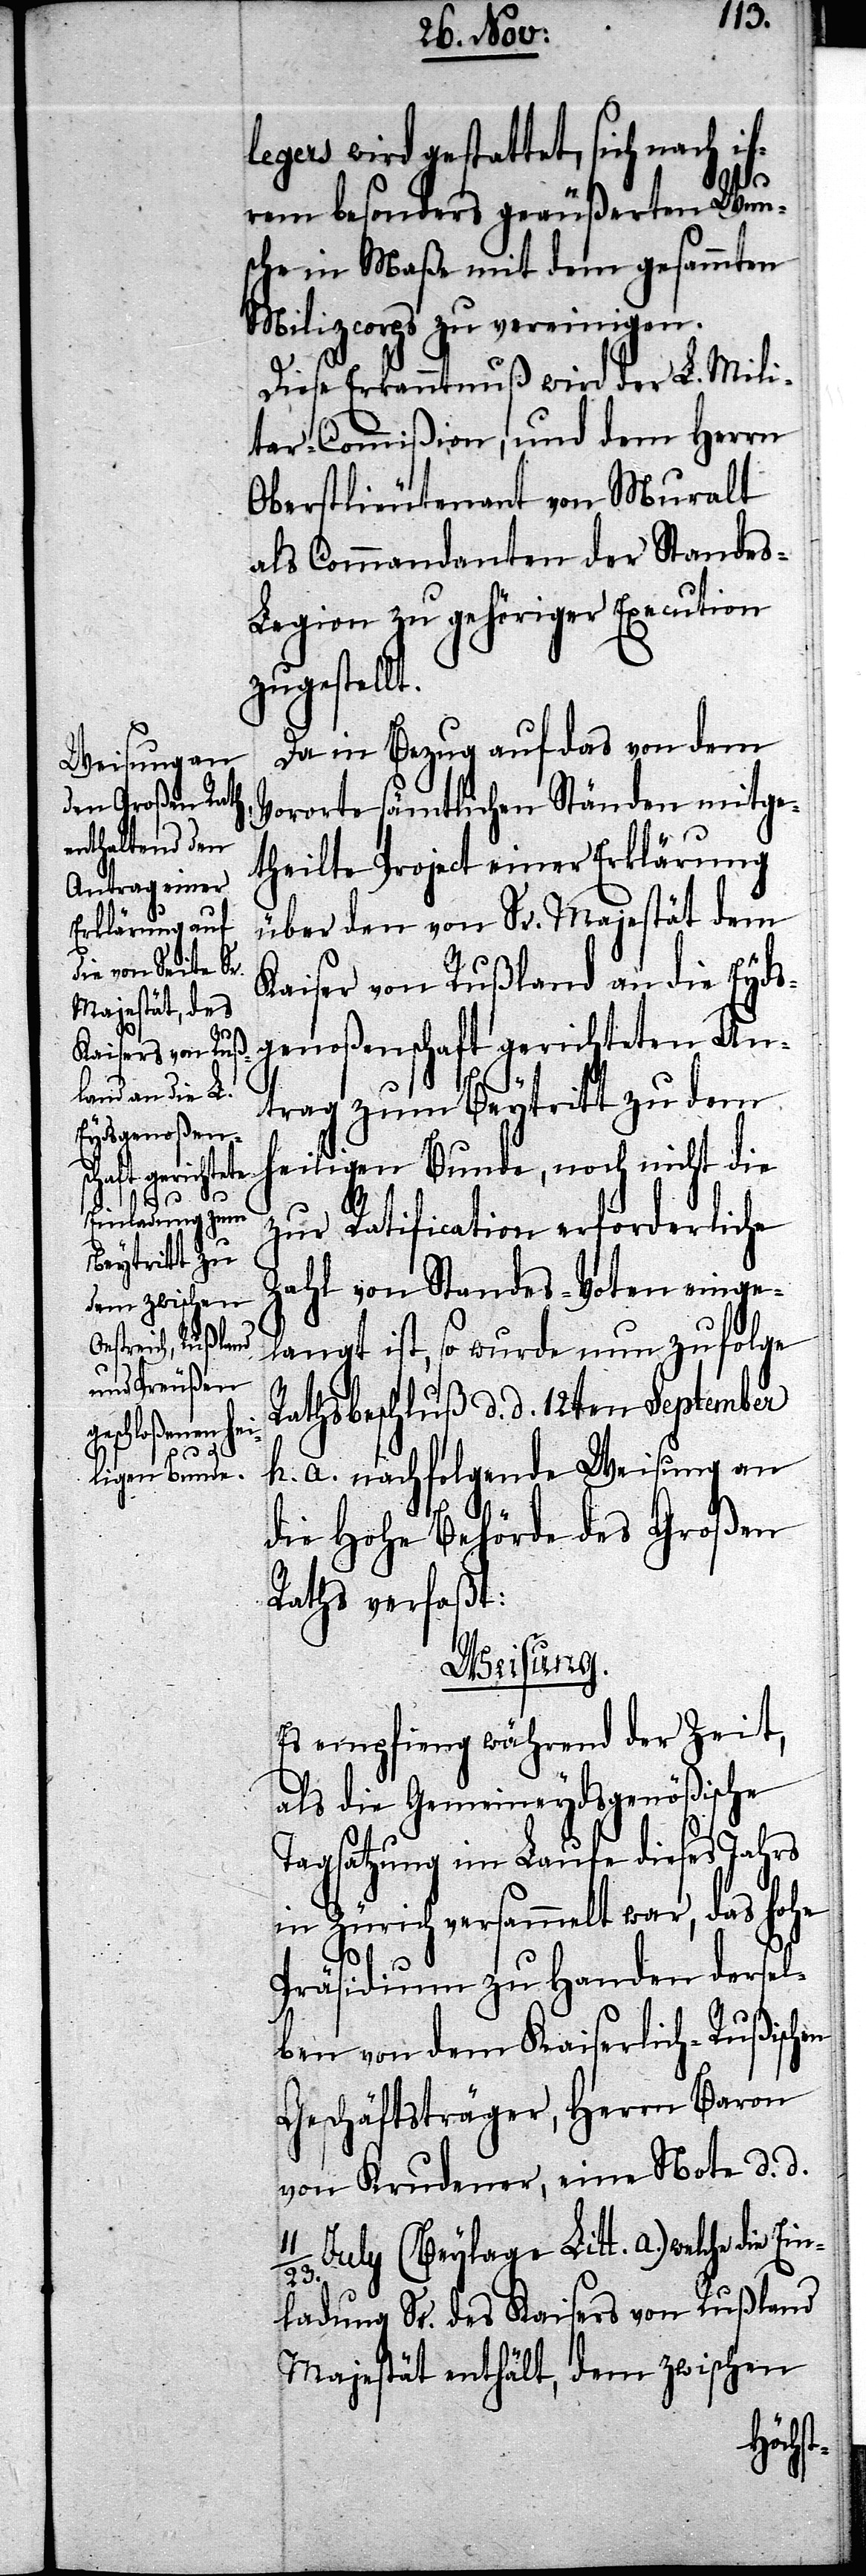
23.

legers wird gestattet, sich nach ih¬
rem besonders geäußerten Wun¬
sche in Maße mit dem gesammten
Milizcorps zu vereinigen.
Diese Erkanntnuß wird der L. Mili¬
tar-Commißion, und dem Herrn
Oberstlieutenant von Muralt
als Commandanten der Standes-L¬
egion zu gehöriger Execution
zugestellt.
Da in Bezug auf das von dem
Vororte sämtlichen Ständen mitge¬
theilte Project einer Erklärung
über den von Sr. Majestät dem
Kaiser von Rußland an die Eyds¬
genoßenschaft gerichteten An¬
trag zum Beytritt zu dem
heiligen Bunde, noch nicht die
zur Ratification erforderliche
Zahl von Standes-Voten einge¬
langt ist, so wurde nun zufolge
Rathsbeschluß d. d. 12ten September
h. a. nachfolgende Weisung an
die Hohe Behörde des Großen
Raths verfaßt:
Weisung.
Es empfieng während der Zeit,
als die Gemeineydsgenößische
Tagsatzung im Laufe dieses Jahrs
in Zürich versammelt war, das Hohe
Ein¬
Präsidium zu Handen dersel¬
ben von dem Kaiserlich-Rußischen
Geschäftsträger, Herrn Baron
von Krudener, eine Note d. d.
[J. K.] (Beylage Litt. a.) welche
ladung Sr. des Kaisers von Rußland
Majestät enthält, dem zwischen